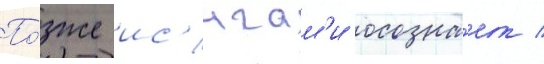
По́зже ис'игам'и осозна́ет /